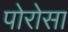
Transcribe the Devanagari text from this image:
पोरोसा